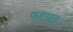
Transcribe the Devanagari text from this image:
फहराए।